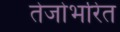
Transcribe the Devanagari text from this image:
तेजोभरित